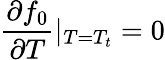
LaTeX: \frac{\partial f_{0}}{\partial T}|_{T=T_{t}}=0